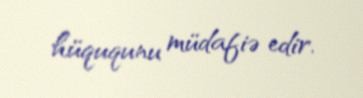
hüququnu müdafiə edir.